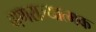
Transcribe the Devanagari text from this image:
गणराज्‍यात्‍मक